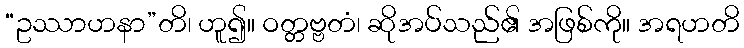
“ဥဿာဟနာ”တိ၊ ဟူ၍။ ဝတ္တဗ္ဗတံ၊ ဆိုအပ်သည်၏ အဖြစ်ကို။ အရဟတိ